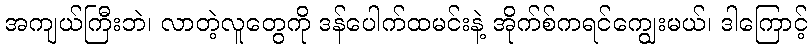
အကျယ်ကြီးဘဲ၊ လာတဲ့လူတွေကို ဒန်ပေါက်ထမင်းနဲ့ အိုက်စ်ကရင်ကျွေးမယ်၊ ဒါကြောင့်